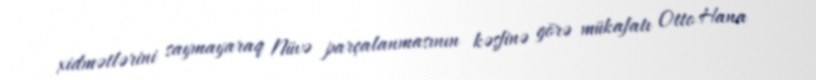
xidmətlərini saymayaraq Nüvə parçalanmasının kəşfinə görə mükafatı Otto Hana